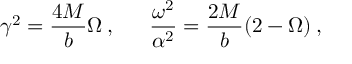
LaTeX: \gamma ^ { 2 } = \frac { 4 M } { b } \Omega \: , \: \: \: \: \: \: \: \frac { \omega ^ { 2 } } { \alpha ^ { 2 } } = \frac { 2 M } { b } ( 2 - \Omega ) \: ,